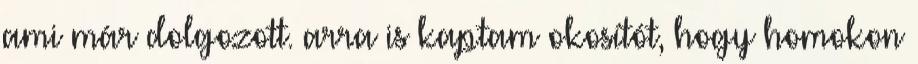
ami már dolgozott. arra is kaptam okosítót, hogy homokon